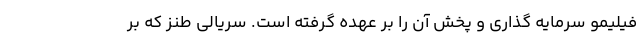
فیلیمو سرمایه گذاری و پخش آن را بر عهده گرفته است. سریالی طنز که بر